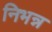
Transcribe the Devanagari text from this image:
निभन्न